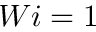
W i = 1